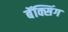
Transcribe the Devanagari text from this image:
बॅक्सिंग